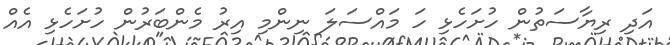
އަދި ރިޔާސަތުން ހުށަހެޅި ހަ މައްސަލަ ނިންމި އިރު މެންބަރުން ހުށަހެޅި އެއް